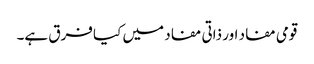
قومی مفاد اور ذاتی مفاد میں کیا فرق ہے۔